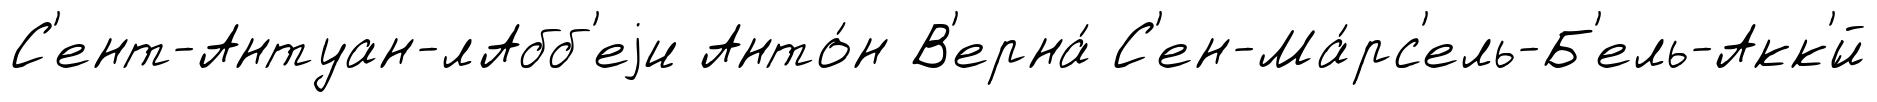
С'ент-Антуан-лАбб'еjи Анто́н В'ерна́ С'ен-Ма́рс'ель-Б'ель-Акк'́й